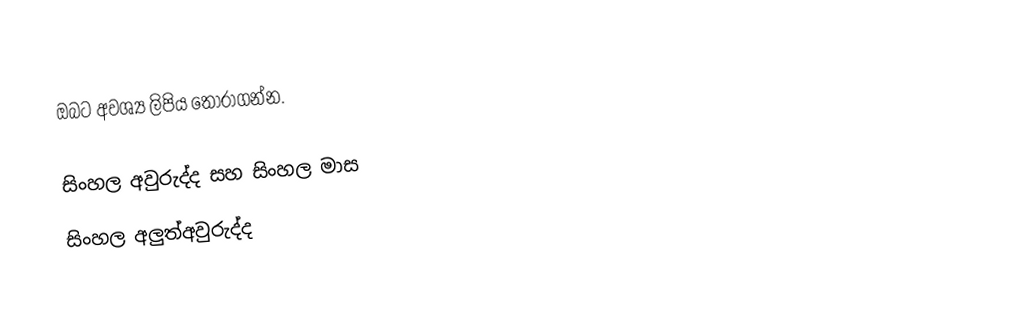
ඔබට අවශ්‍ය ලිපිය තෝරාගන්න.

 සිංහල අවුරුද්ද සහ සිංහල මාස
 සිංහල අලුත්අවුරුද්ද